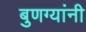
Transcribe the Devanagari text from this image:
बुणग्यांनी